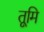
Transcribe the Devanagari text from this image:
तूमि